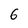
Character: 6